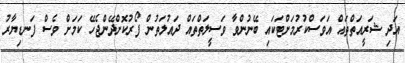
އަދި ޝަރީއަތްތައް އަވަސްކުރުމަށްޓަކައި ބޭނުންވާ ވަސީލަތްތައް ދައުލަތުން ފޯރުކޮށްދޭންޖެހޭ ކަމަށް ވެސް ފަނޑިޔާރު